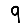
Digit: 9